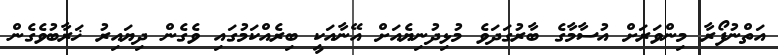
އަތްނުފޯރާ މިންވަރަށް އުސާމާގެ ބާރުގަދަވެ މުޅިދުނިޔެއަށް އޭނާއަކީ ބިރެއްކަމުގައި ވެގެން ދިޔައިރު ޚަރާބުވެގެން